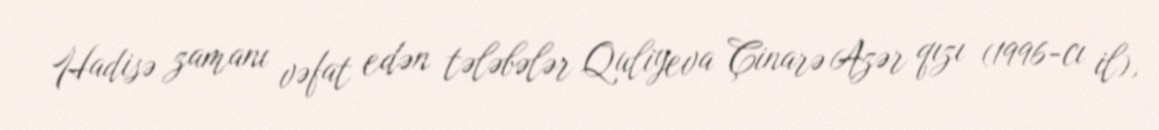
Hadisə zamanı vəfat edən tələbələr Quliyeva Çinarə Azər qızı (1996-cı il),